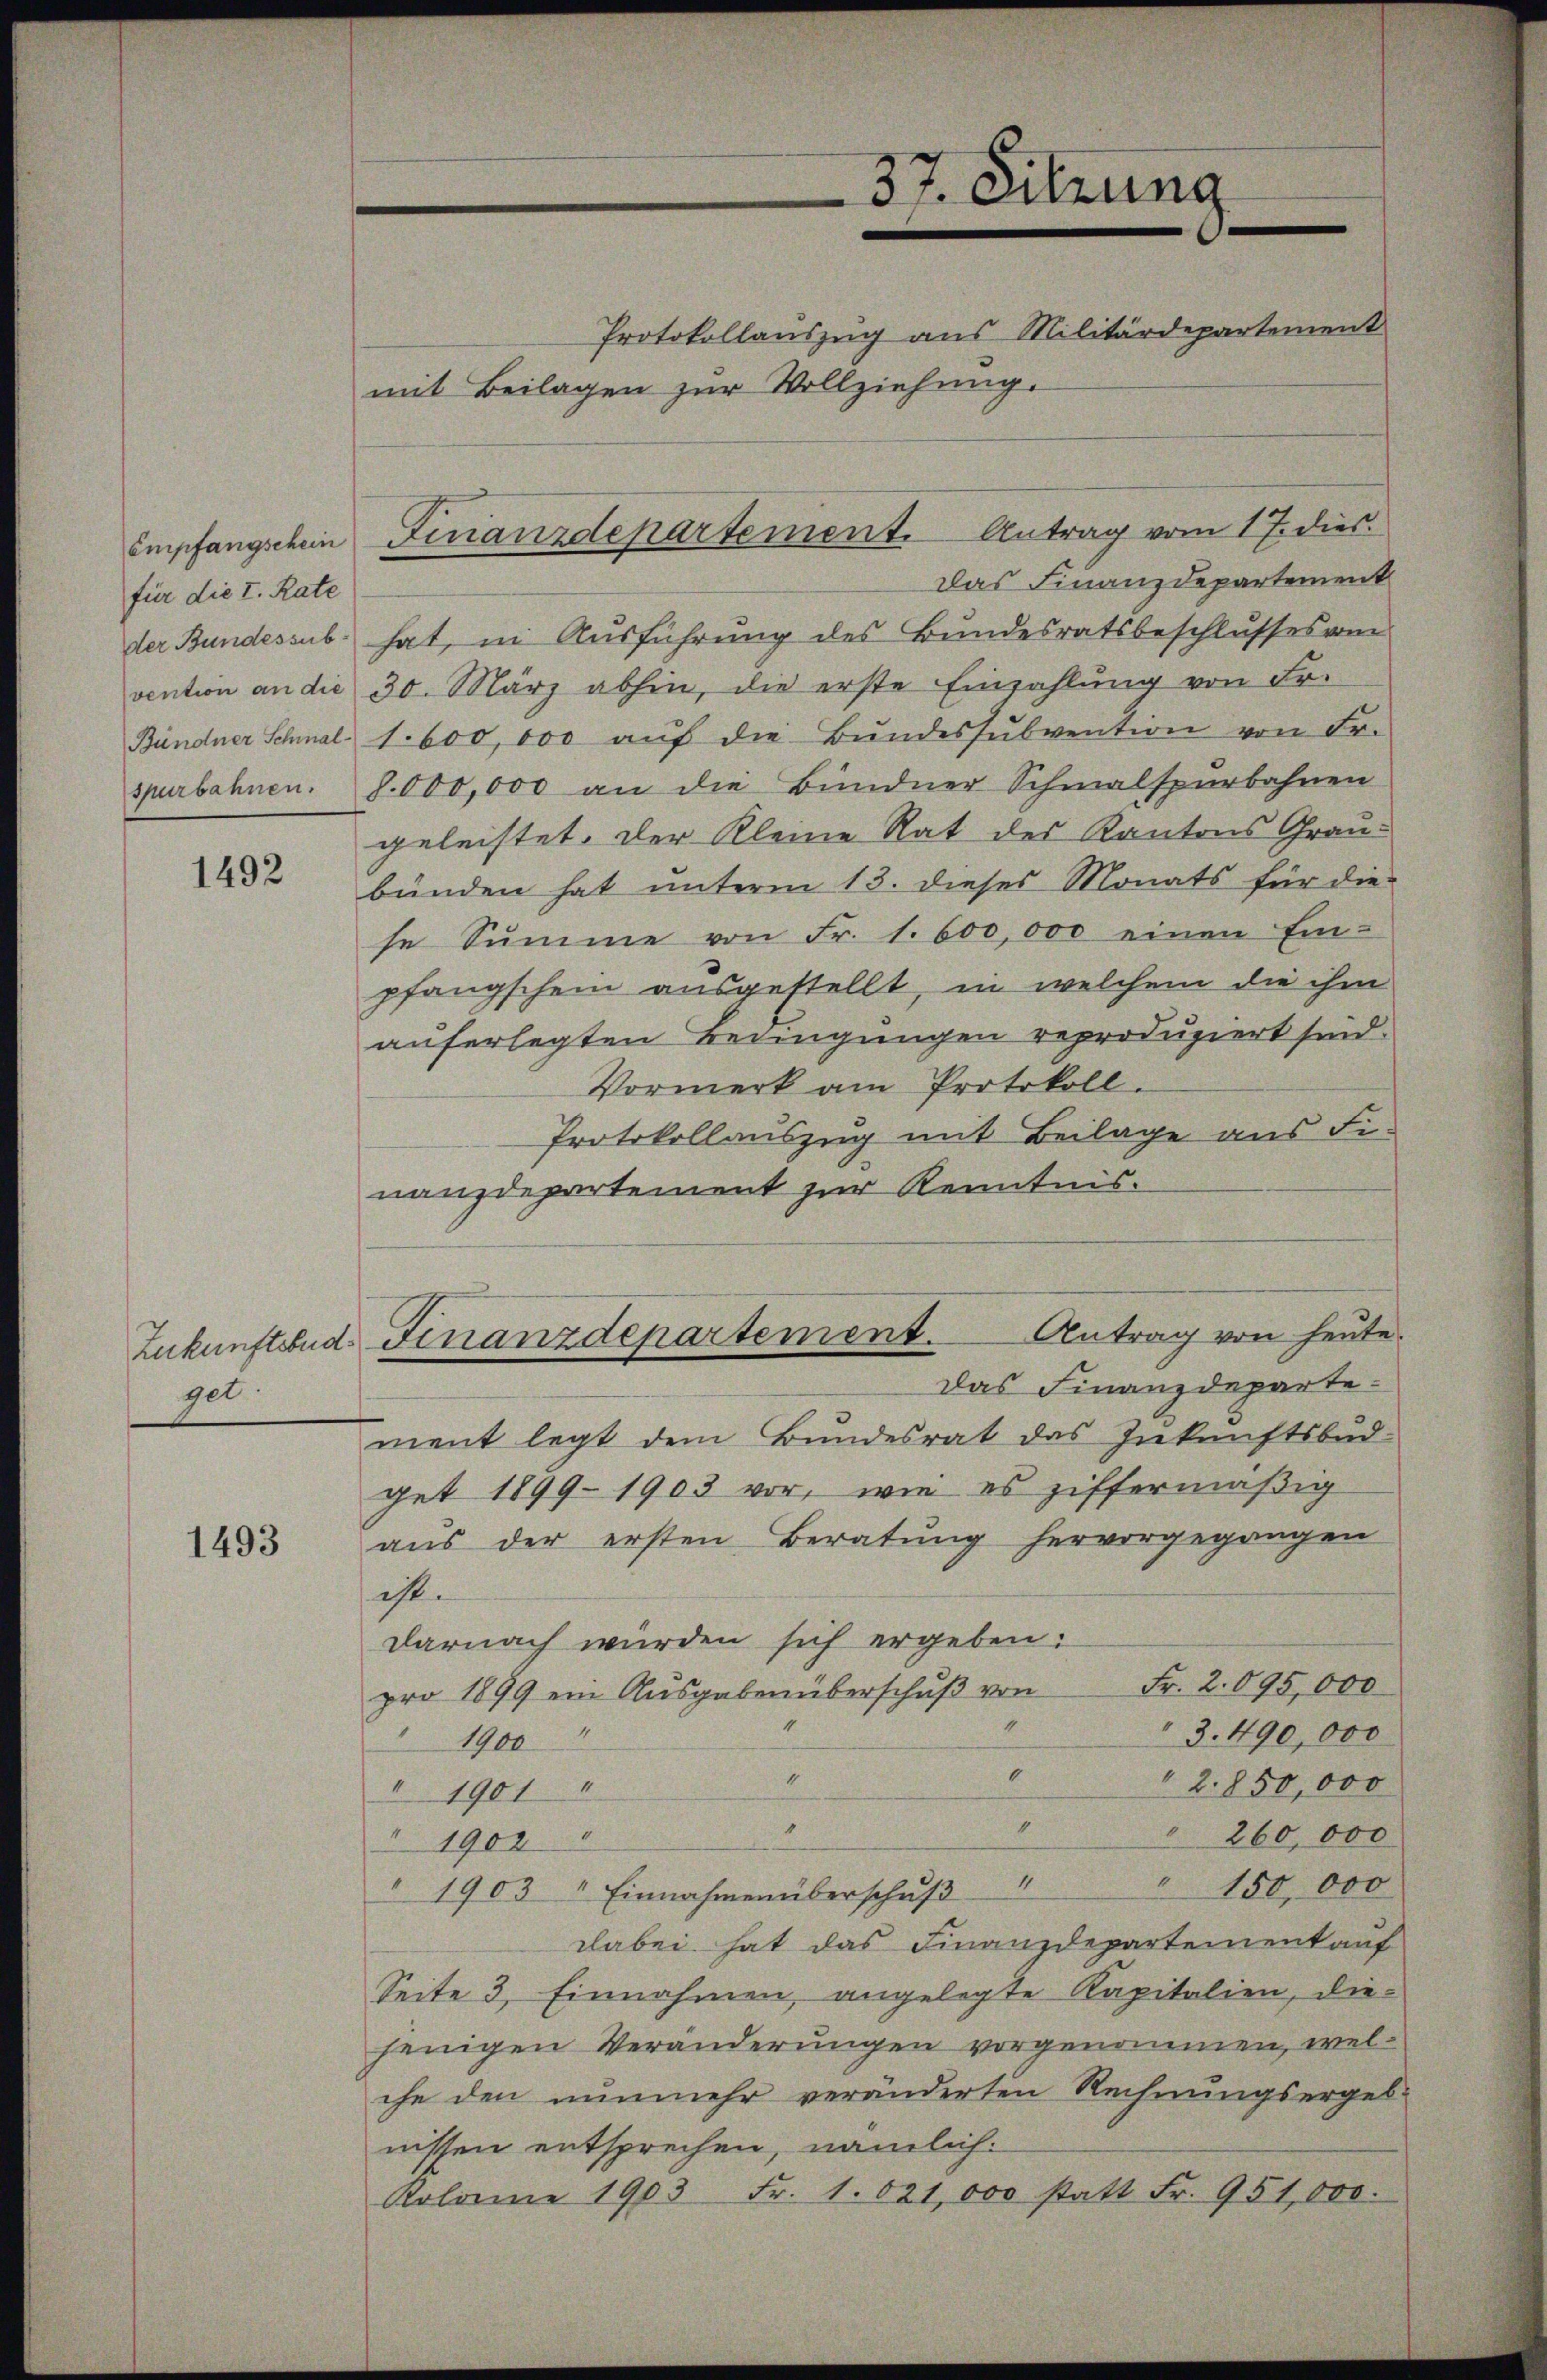
Empfangschein
für die I. Rate
der Bundessub
vention an die
Bündner Schmal.
spurbahnen.

1492

Zukunftsbud.
get:

1493

mit Beilagen zŭr Vollziehung.

Das Finanzdepartement
hat, in Ausführung des Bundesratsbeschlusses vom
30. März abhin, die erste Einzahlung von Fr.
1.600,000 auf die Bundessubvention von Fr.
J. 000,000 an die Bündner Schmalspurbahnen
geleistet, der Kleine Rat des Kantons Graubünden hat unterm 13. dieses Monats für die
se Summe von Fr. 1. 600,000 einen Ein-
pfangschein ausgestellt, in welchem die ihm
auferlegten Bedingungen reproduziert sind.
Vormerk am Protokoll.
Protokollauszug mit Beilage aus Fi-
nanzdepartement zur Kenntnis.
Antrag von heute.
Finanzdepartement.
Das Finanzdeparte.
ment legt dem Bundesrat das Zukunftsbud-
get 1899-1903 vor, wie es ziffermäßig
aŭs der ersten Beratŭng hervorgegangen
ist.
darnach wurden sich ergeben:
Fr. 2. 095,000
pro 1899 ein Ausgaben überschuß von
" 3. 490,000
 1900
1
1
2.850,000
I 1901
n
“
 260,000
 1902
" 150,000
" 1903 " Einnahmen überschuß
dabei hat das Finanzdepartement auf
Seite 3. Einnahmen angelegte Kapitalien, die-
jenigen Veränderungen vorgenommen, welche den nunmehr veränderten Rechnungsergeb-
nissen entsprechen, nämlich.
Kolonie 1903 Fr. 1. 821,000 statt Fr. 951,000.

Finanzdepartement. Antrag vom 17. dies

37. Sitzung
Protokollauszug aus Militärdepartement